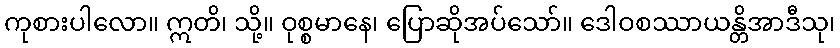
ကုစားပါလော။ ဣတိ၊ သို့။ ဝုစ္စမာနေ၊ ပြောဆိုအပ်သော်။ ဒေါဝစဿာယန္တိအာဒီသု၊